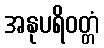
အနုပရိဝတ္တံ